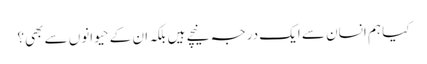
کیا ہم انسان سے ایک درجہ نیچے ہیں بلکہ ان کے حیوانوں سے بھی؟